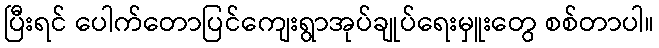
ပြီးရင် ပေါက်တောပြင်ကျေးရွာအုပ်ချုပ်ရေးမှူးတွေ စစ်တာပါ။